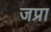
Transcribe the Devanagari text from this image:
जप्रा